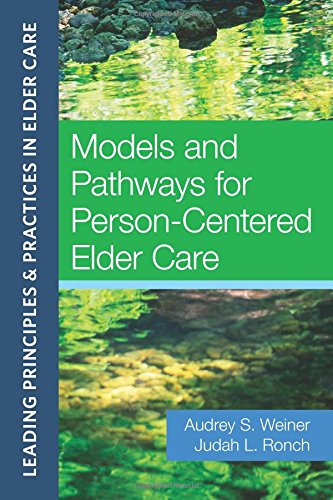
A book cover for Models and Pathways for Person-Centered Elder Care (Leading Principles & Practices in Elder Care); Medical Books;